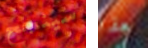
سينجح هذا